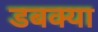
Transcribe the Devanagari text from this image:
डबक्या